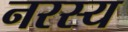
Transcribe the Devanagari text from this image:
नरस्य